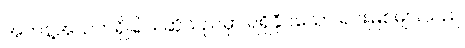
အကန့်အသတ်ရှိခြင်း ဆိုသည်မှာ ရရှိနိုင်သော ရင်းမြစ်များသည်